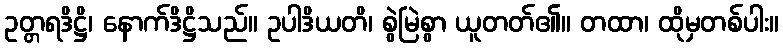
ဥတ္တရဒိဋ္ဌိ၊ နောက်ဒိဋ္ဌိသည်။ ဥပါဒိယတိ၊ စွဲမြဲစွာ ယူတတ်၏။ တထာ၊ ထိုမှတစ်ပါး။